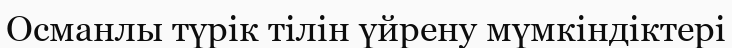
Османлы түрік тілін үйрену мүмкіндіктері